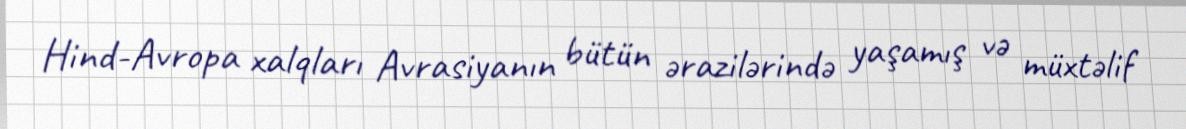
Hind-Avropa xalqları Avrasiyanın bütün ərazilərində yaşamış və müxtəlif